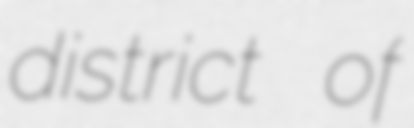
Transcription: district of